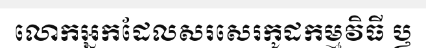
លោកអ្នកដែលសរសេរកូដកម្មវិធី ឫ